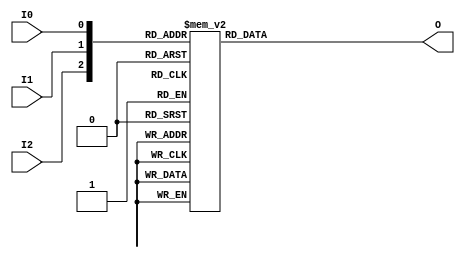
module LUT3 #( 
	parameter INIT = 8'he4
)(I2,I1,I0,O);


input I1;
input I2;
input I0;
output O;	


assign O = out;

reg out;
wire [7:0] init;
assign init = INIT;

always @(*) begin
	case({I2,I1,I0})
		3'b000: begin
			out = INIT[0];
		end
		3'b001: begin
			out = INIT[1];
		end
		3'b010: begin
			out = INIT[2];
		end
		3'b011: begin
			out = INIT[3];
		end
		3'b100: begin
			out = INIT[4];
		end
		3'b101: begin
			out = INIT[5];
		end
		3'b110: begin
			out = INIT[6];
		end
		3'b111: begin
			out = INIT[7];
		end
	endcase
end

/*
LUT3 LUT3_mux (.O (out),
                         .I0 (sel),
                         .I1 (a),
                         .I2 (b));
defparam LUT3_mux.INIT = 8'he4; 
*/

endmodule